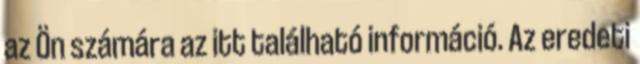
az Ön számára az itt található információ. Az eredeti